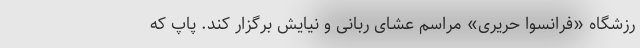
رزشگاه «فرانسوا حریری» مراسم عشای ربانی و نیایش برگزار کند. پاپ که